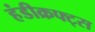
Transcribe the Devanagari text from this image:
हंडीक्रफ्ट्स